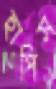
হাপিস